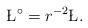
LaTeX: \begin{align*}\L^\circ = r^{-2} \L.\end{align*}